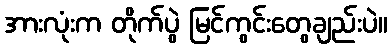
အားလုံးက တိုက်ပွဲ မြင်ကွင်းတွေချည်းပဲ။